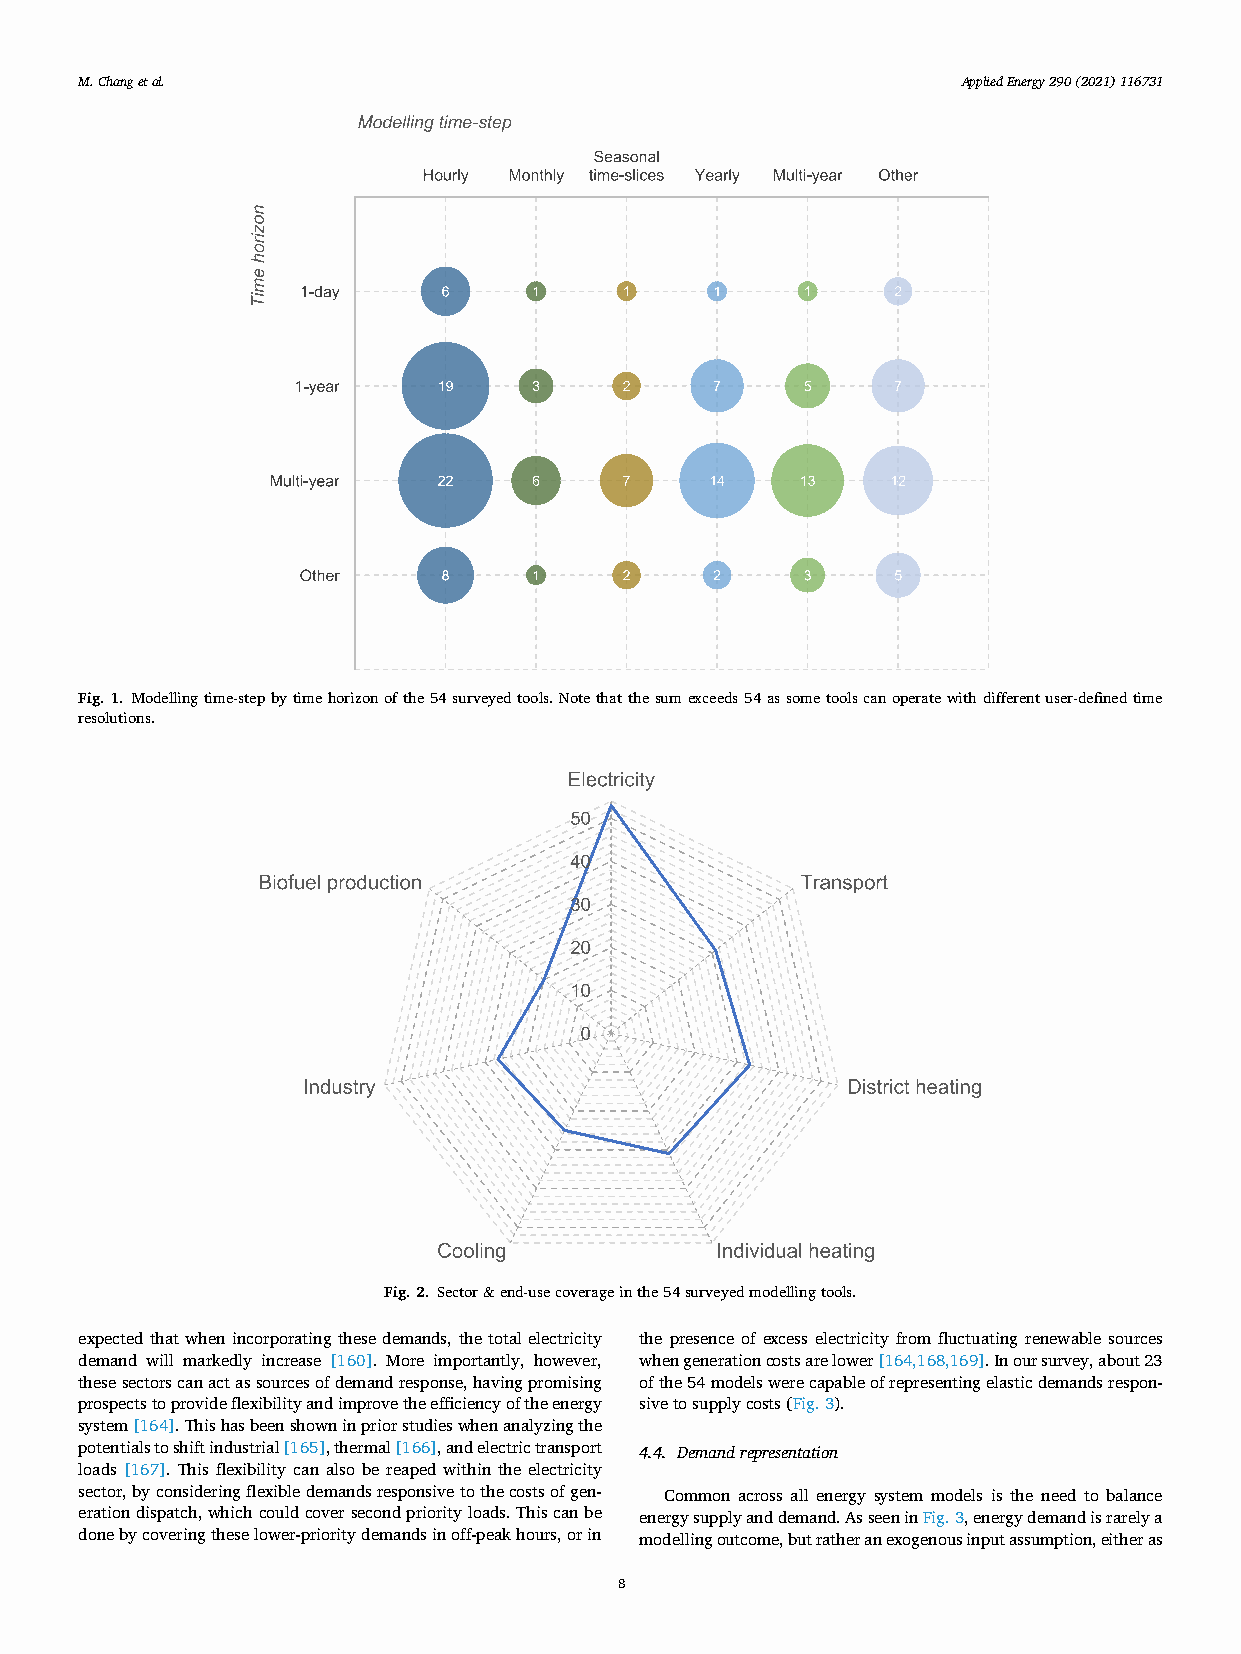
M. Chang et al.                                            A p p l i e d E n e r g y 290(2021)116731
 Fig. 1. Modelling time-step by time horizon of the 54 surveyed tools. Note that the sum exceeds 54 as some tools can operate with different user-defined time
 resolutions.
 Fig. 2. Sector & end-use coverage in the 54 surveyed modelling tools.
 expected that when incorporating these demands, the total electricity the presence of excess electricity from fluctuating renewable sources
 demand will markedly increase [160]. More importantly, however, when generation costs are lower [164,168,169]. In our survey, about 23
 these sectors can act as sources of demand response, having promising of the 54 models were capable of representing elastic demands respon-
 prospects to provide flexibility and improve the efficiency of the energy sive to supply costs (Fig. 3).
 system [164]. This has been shown in prior studies when analyzing the
 potentials to shift industrial [165], thermal [166], and electric transport 4.4. Demand representation
 loads [167]. This flexibility can also be reaped within the electricity
 sector, by considering flexible demands responsive to the costs of gen- Common across all energy system models is the need to balance
 eration dispatch, which could cover second priority loads. This can be energy supply and demand. As seen in Fig. 3, energy demand is rarely a
 done by covering these lower-priority demands in off-peak hours, or in modelling outcome, but rather an exogenous input assumption, either as
 8